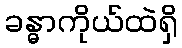
ခန္ဓာကိုယ်ထဲရှိ